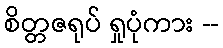
စိတ္တဇရုပ် ရှုပုံကား --